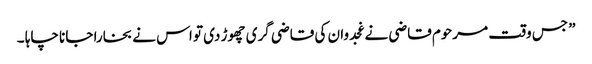
” جس وقت مرحوم قاضی نے غجدوان کی قاضی گری چھوڑ دی تو اس نے بخارا جانا چاہا ۔